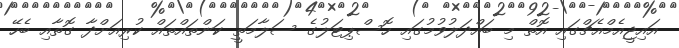
އައިޖީއެމްއެޗްގައި އޮތް މި ބައްދަލުވުމުގައި ހޮސްޕިޓަލުގެ ސަލާމަތީ ކަންތައްތައް ކުރިއަށްދާ ގޮތާއި ބެހޭ